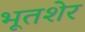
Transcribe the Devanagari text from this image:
भूतशेर